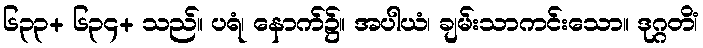
၆၃၃+ ၆၃၄+ သည်။ ပရံ၊ နောက်၌။ အပါယံ၊ ချမ်းသာကင်းသော။ ဒုဂ္ဂတိံ၊